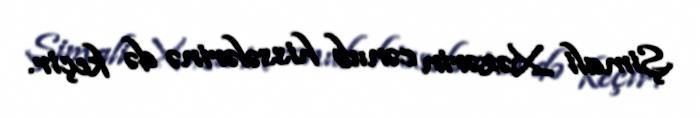
Şimali Xəzərin cənub hissələrinə də keçir.